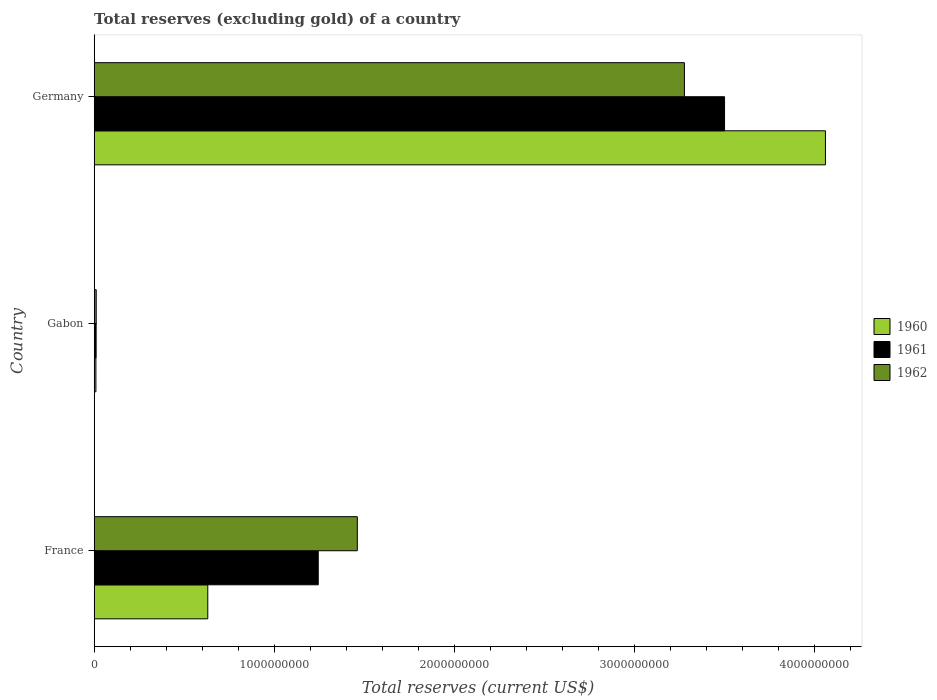
| Country | 1960 | 1961 | 1962 |
 | --- | --- | --- | --- |
 | France | 6.31e+08 | 1.24e+09 | 1.46e+09 |
 | Gabon | 9.5e+06 | 1.07e+07 | 1.12e+07 |
 | Germany | 4.06e+09 | 3.5e+09 | 3.28e+09 |